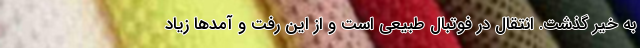
به خیر گذشت. انتقال در فوتبال طبیعی است و از این رفت و آمدها زیاد